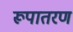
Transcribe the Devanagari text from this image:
रूपातरण